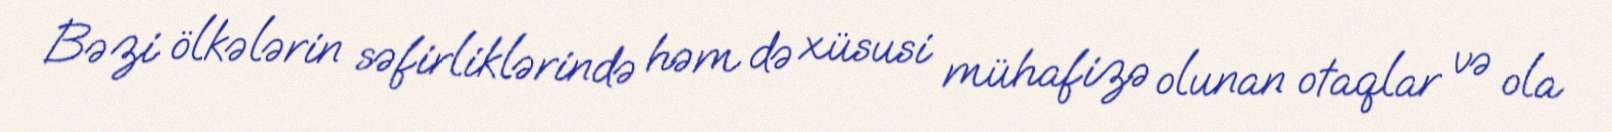
Bəzi ölkələrin səfirliklərində həm də xüsusi mühafizə olunan otaqlar və ola